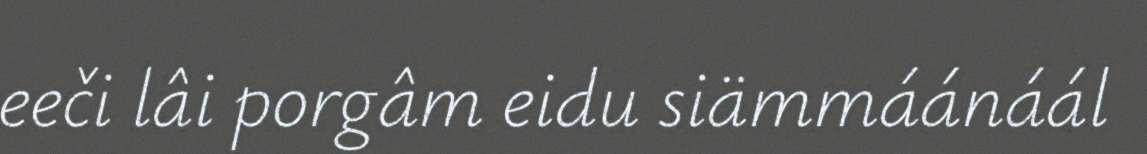
eeči lâi porgâm eidu siämmáánáál